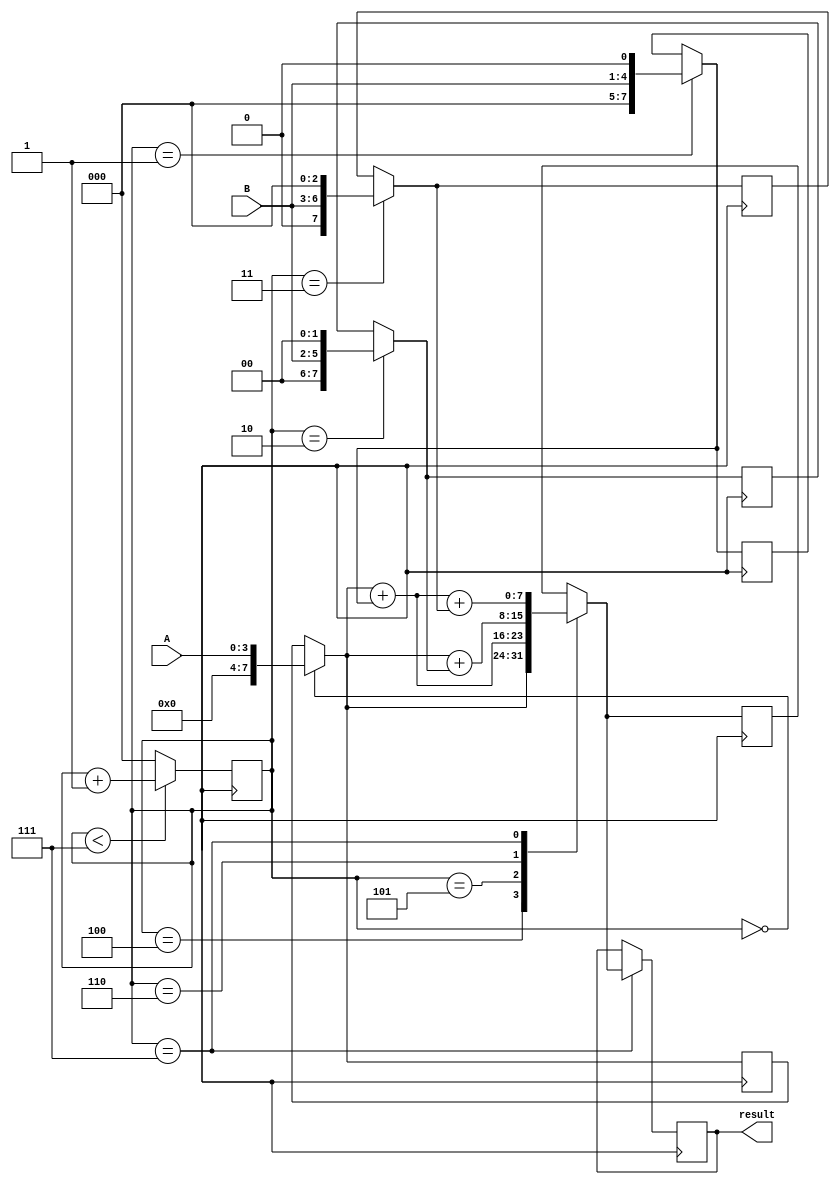
module BoothMultiplier (
    input wire [3:0] A,
    input wire [3:0] B,
    output reg [7:0] result
);

reg [7:0] pp [3:0]; //partial products
reg [7:0] acc; //accumulator
reg [2:0] count; //counter for control logic

always @ (posedge clk)
begin
    //Partial product generation
    case(count)
        0: pp[0] = {4'b0, A};
        1: pp[1] = {3'b0, B, 1'b0};
        2: pp[2] = {2'b0, B, 2'b0};
        3: pp[3] = {1'b0, B, 3'b0};
    endcase
    
    //Wallace tree adder
    case(count)
        4: acc = pp[0];
        5: acc = pp[0] + pp[1];
        6: acc = pp[0] + pp[2];
        7: acc = pp[0] + pp[1] + pp[3];
    endcase
    
    //Output register
    if(count == 7)
        result = acc;
    
    //Control logic
    if(count < 7)
        count = count + 1;
    else
        count = 0;
end

endmodule